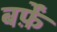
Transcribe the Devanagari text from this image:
बर्फ़ें